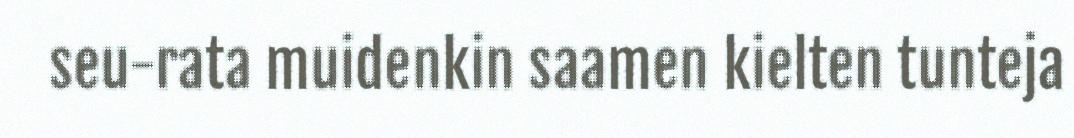
seu-rata muidenkin saamen kielten tunteja